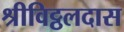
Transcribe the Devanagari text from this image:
श्रीविट्ठलदास